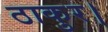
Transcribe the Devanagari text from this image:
ठाकुर।